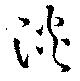
淡